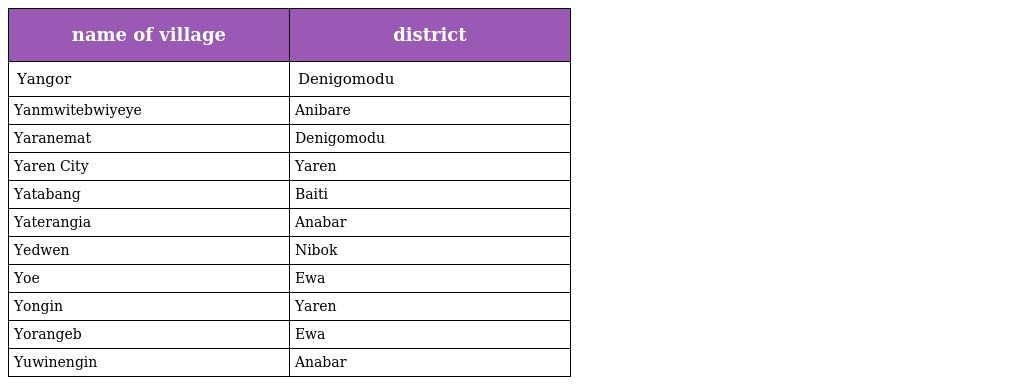
| name of village | district |
 | --- | --- |
 | Yangor | Denigomodu |
 | Yanmwitebwiyeye | Anibare |
 | Yaranemat | Denigomodu |
 | Yaren City | Yaren |
 | Yatabang | Baiti |
 | Yaterangia | Anabar |
 | Yedwen | Nibok |
 | Yoe | Ewa |
 | Yongin | Yaren |
 | Yorangeb | Ewa |
 | Yuwinengin | Anabar |